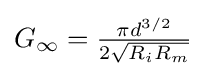
G_{\infty }={\tfrac {\pi d^{3/2}}{2{\sqrt {R_{i}R_{m}}}}}